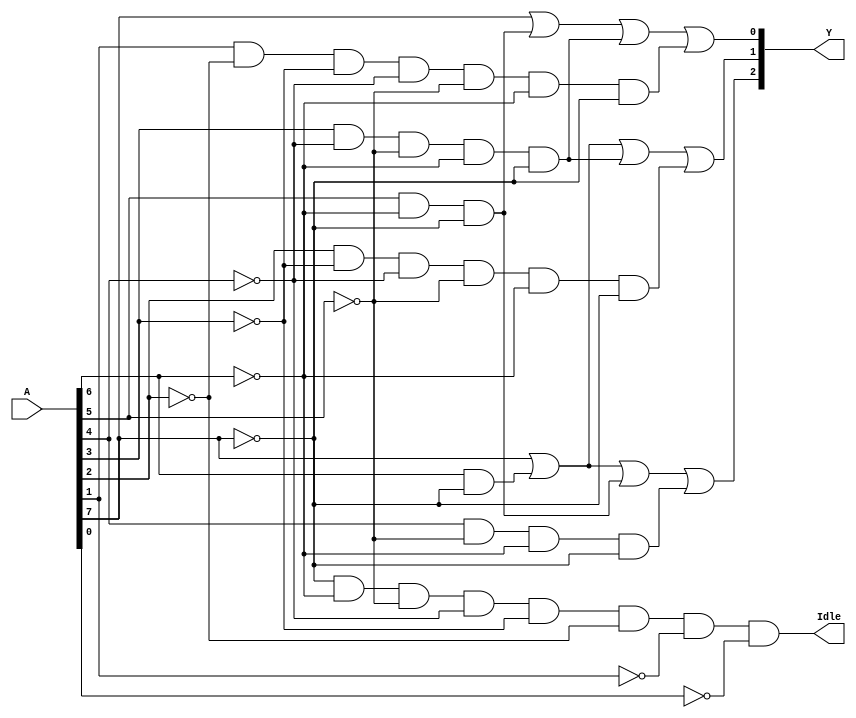
module prenc83 (A,Y,Idle);
input wire [7:0] A;
output wire [2:0] Y;
output wire Idle;

wire [6:0] H; //internal nodes

assign Y[2] = H[6] | H[5] | H[4] | H[3]; //encoder with no priority
assign Y[1] = H[6] | H[5] | H[2] | H[1];
assign Y[0] = H[6] | H[4] | H[2] | H[0];

assign Idle =(~A[7])&(~A[6])&(~A[5])&(~A[4])&(~A[3])&(~A[2])&(~A[1])&(~A[0]);
assign H[6] = A[7];
assign H[5] = A[6]&(~A[7]);
assign H[4] = A[5]&(~A[6])&(~A[7]);
assign H[3] = A[4]&(~A[5])&(~A[6])&(~A[7]);
assign H[2] = A[3]&(~A[4])&(~A[5])&(~A[6])&(~A[7]);
assign H[1] = A[2]&(~A[3])&(~A[4])&(~A[5])&(~A[6])&(~A[7]);
assign H[0] = A[1]&(~A[2])&(~A[3])&(~A[4])&(~A[5])&(~A[6])&(~A[7]);
endmodule